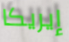
إيريكا